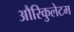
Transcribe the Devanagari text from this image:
औरिकुलेटम